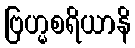
ဗြဟ္မစရိယာနိ